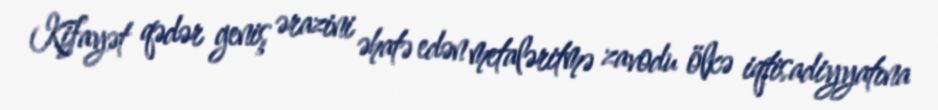
Kifayət qədər geniş ərazini əhatə edən metaləritmə zavodu ölkə iqtisadiyyatına